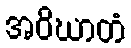
အဝိဃာတံ